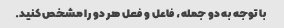
با توجه به دو جمله، فاعل و فعل هر دو را مشخص کنید.